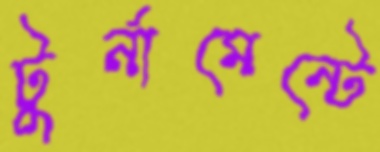
টুর্নামেন্টে